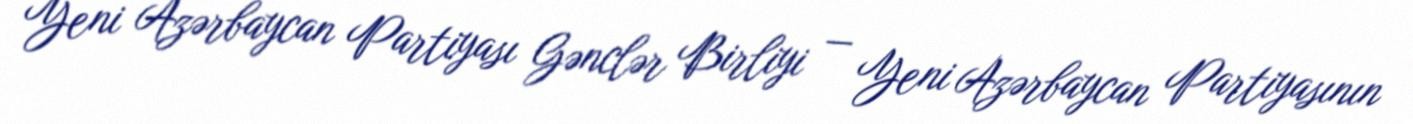
Yeni Azərbaycan Partiyası Gənclər Birliyi — Yeni Azərbaycan Partiyasının